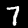
Digit: 7